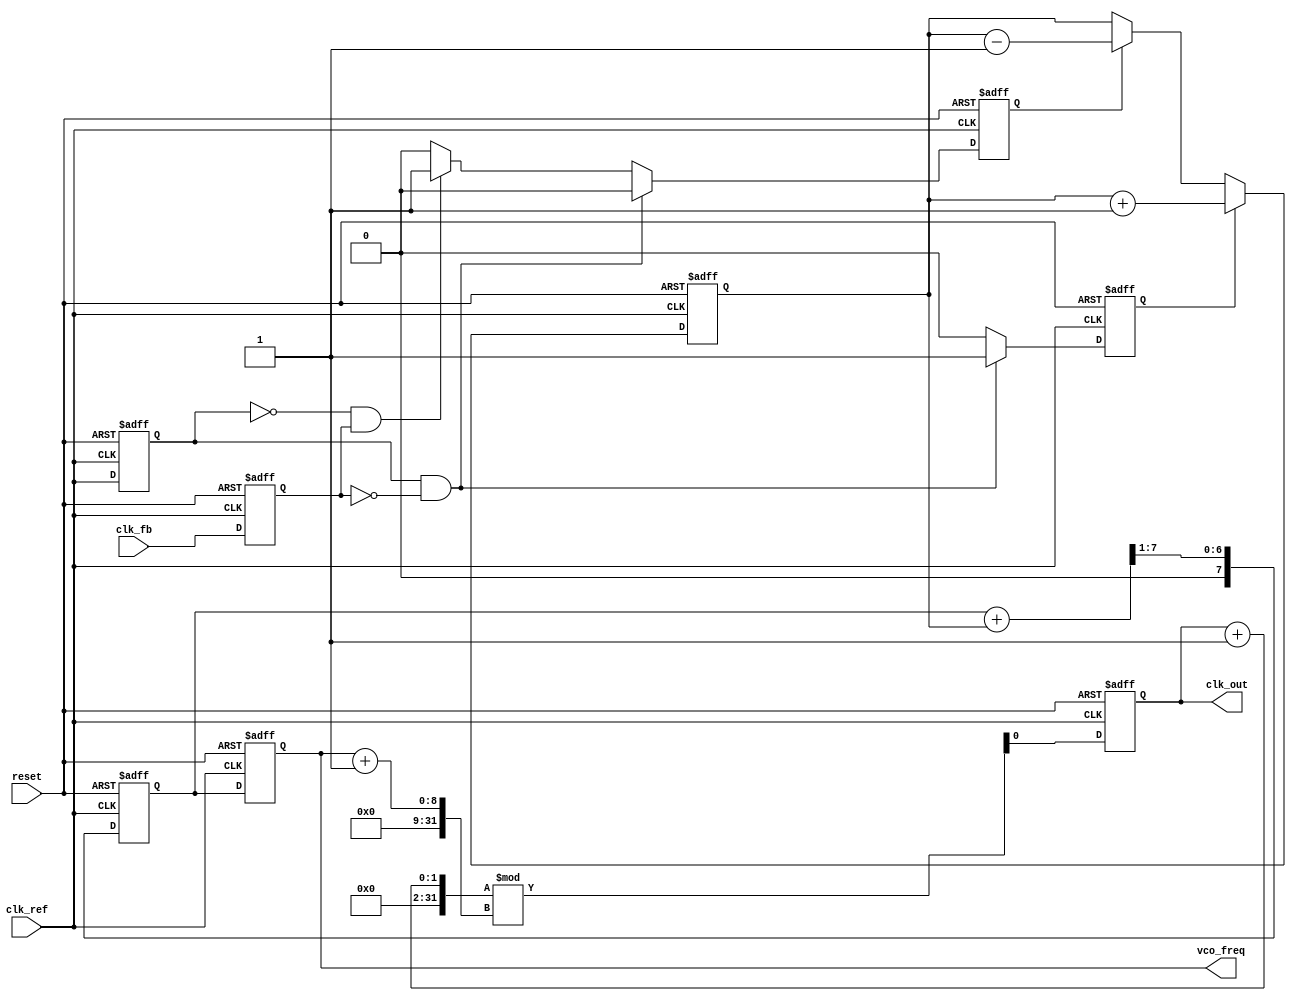
module CP_PLL (
    input wire clk_ref,        // Reference clock input
    input wire clk_fb,         // Feedback clock input
    input wire reset,          // Reset signal
    output reg clk_out,        // Output clock signal
    output reg [7:0] vco_freq  // VCO frequency (for example, 8-bit)
);

    // Parameters for the PFD
    reg pfd_up, pfd_down;
    reg pfd_last_ref, pfd_last_fb;
    
    // Charge Pump parameters
    reg [7:0] charge_pump_current; // Current output from the charge pump
    reg [7:0] loop_filter_output;   // Loop filter output voltage
    reg [7:0] loop_filter_time_const; // Time constant for loop filter

    // VCO parameters
    parameter VCO_MAX_FREQ = 255; // Max frequency for VCO
    parameter VCO_MIN_FREQ = 0;   // Min frequency for VCO

    // Phase Frequency Detector (PFD)
    always @(posedge clk_ref or posedge reset) begin
        if (reset) begin
            pfd_up <= 0;
            pfd_down <= 0;
            pfd_last_ref <= 0;
            pfd_last_fb <= 0;
        end else begin
            pfd_last_ref <= clk_ref;
            pfd_last_fb <= clk_fb;

            // Phase comparison logic
            if (pfd_last_ref && !pfd_last_fb) begin
                pfd_up <= 1;   // Reference clock is leading
                pfd_down <= 0;
            end else if (!pfd_last_ref && pfd_last_fb) begin
                pfd_up <= 0;
                pfd_down <= 1; // Feedback clock is leading
            end else begin
                pfd_up <= 0;
                pfd_down <= 0; // No change
            end
        end
    end

    // Charge Pump
    always @(posedge clk_ref or posedge reset) begin
        if (reset) begin
            charge_pump_current <= 0;
        end else begin
            if (pfd_up) begin
                charge_pump_current <= charge_pump_current + 1; // Increase charge
            end else if (pfd_down) begin
                charge_pump_current <= charge_pump_current - 1; // Decrease charge
            end
        end
    end

    // Loop Filter (simplified)
    always @(posedge clk_ref or posedge reset) begin
        if (reset) begin
            loop_filter_output <= 0;
        end else begin
            loop_filter_output <= (loop_filter_output + charge_pump_current) >> 1; // Simple averaging
        end
    end

    // Voltage-Controlled Oscillator (VCO)
    always @(posedge clk_ref or posedge reset) begin
        if (reset) begin
            vco_freq <= VCO_MIN_FREQ;
            clk_out <= 0;
        end else begin
            // Update VCO frequency based on loop filter output
            vco_freq <= loop_filter_output;
            // Generate clock output based on VCO frequency
            clk_out <= (clk_out + 1) % (vco_freq + 1); // Simplification for clock generation
        end
    end

endmodule